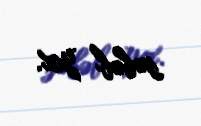
səbəb yox.